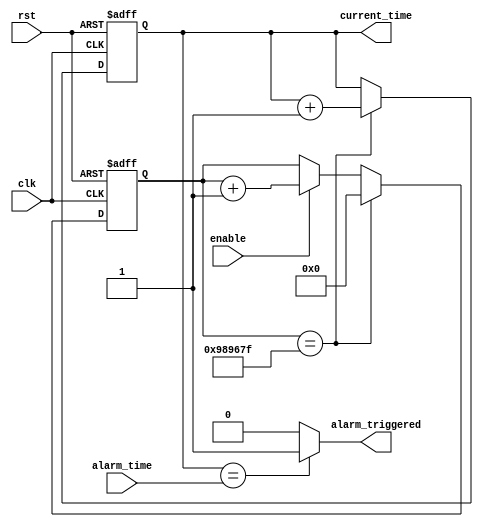
module RTC_timer (
    input wire clk,            // clock input
    input wire rst,            // reset input
    input wire enable,         // enable input for the timer
    input wire [31:0] alarm_time,  // alarm time input
    output wire alarm_triggered,   // output signal when alarm time is reached
    output reg [31:0] current_time // current time output
);

reg [31:0] counter;

always @ (posedge clk or posedge rst) begin
    if (rst) begin
        counter <= 32'd0;
        current_time <= 32'd0;
    end else begin
        if (enable) begin
            counter <= counter + 1;
        end
        
        if (counter == 32'd9999999) begin  // assuming 1 Hz clock frequency
            current_time <= current_time + 1;
            counter <= 32'd0;
        end
    end
end

assign alarm_triggered = (current_time == alarm_time) ? 1'b1 : 1'b0;

endmodule